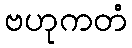
ဗဟုကတံ